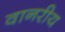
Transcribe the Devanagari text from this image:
वानरीय